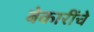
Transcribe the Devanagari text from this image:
बेकारींचे